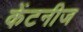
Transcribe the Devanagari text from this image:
केंटनीज